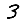
Digit: 3